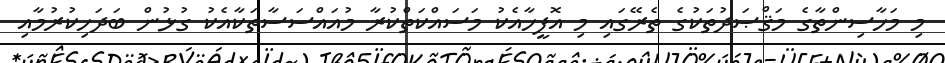
މި މަހާސިންތާގެ މަޤްޞަދުތަކުގެ ތެރޭގައި މި އޮފީހާއެކު މަސައްކަތްކުރާ މުއައްސަސާތަކާއެކު ގުޅުން ބަދަހިކުރުމާއި